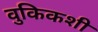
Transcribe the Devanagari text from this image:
वुकिकशी